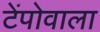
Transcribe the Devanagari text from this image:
टेंपोवाला